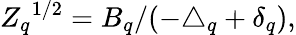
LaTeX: {Z_{q}}^{1/2}={B_{q}/(-\triangle_{q}+\delta_{q})},